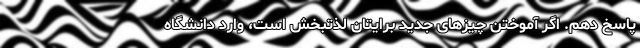
پاسخ دهم. اگر آموختن چیزهای جدید برایتان لذتبخش است، وارد دانشگاه